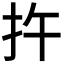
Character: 𪭟